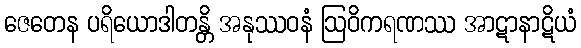
ဇေတေန ပရိယောဒါတန္တိ အနုဿဝနံ ဩဝိကရဏဿ အာဋာနာဋိယံ